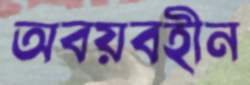
অবয়বহীন